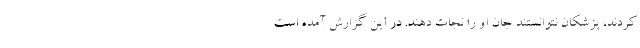
کردند، پزشکان نتوانستند جان او را نجات دهند. در این گزارش آمده است